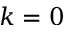
k = 0